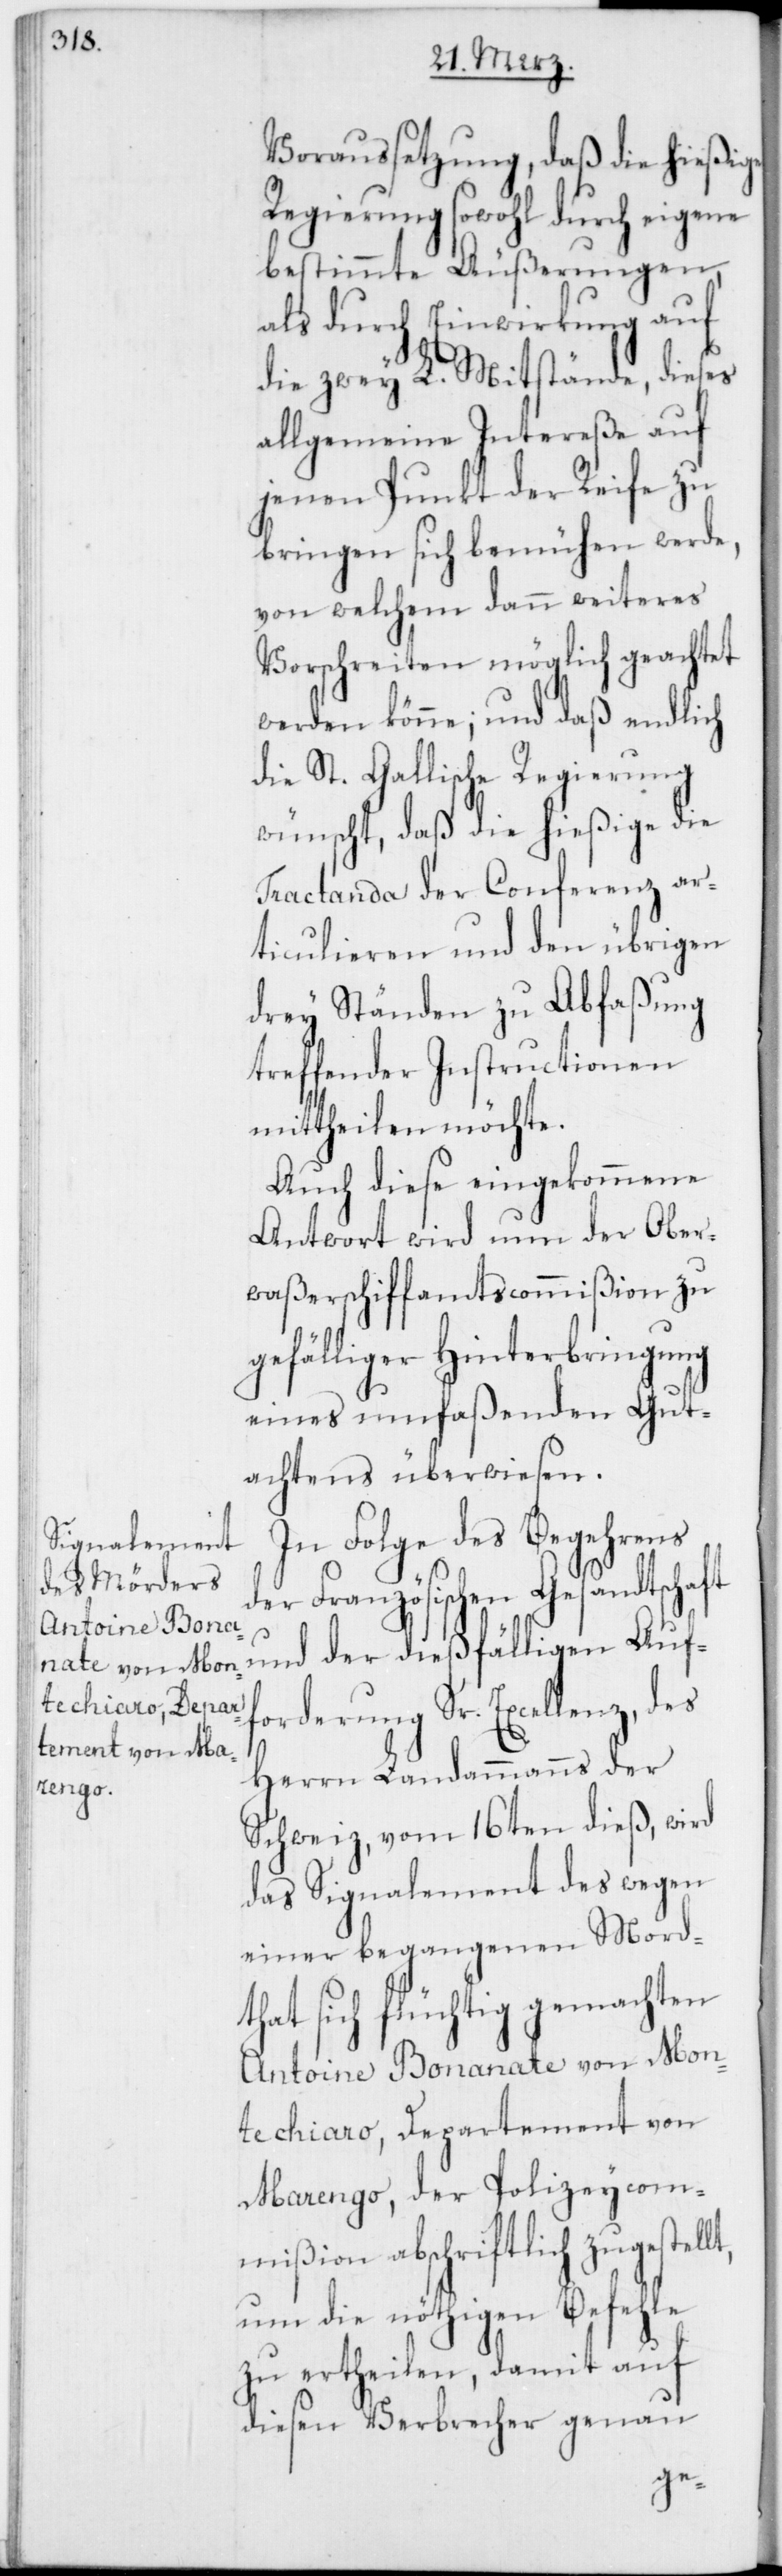
Voraussetzung, daß die hießige
Regierung sowohl durch eigene
bestimmte Äußerungen,
als durch Einwirkung auf
die zwey L. Mitstände, dieses
allgemeine Intereße auf
jenen Punkt der Reise zu
bringen sich bemühen werde,
von welchem dann weiteres
Vorschreiten möglich geachtet
werden könne; und daß endlich
die St. Gallische Regierung
wünscht, daß die hießige die
Tractanda der Conferenz ar¬
ticulieren und den übrigen
drey Ständen zu Abfaßung
treffender Instructionen
mittheilen möchte.
Auch diese eingekommene
Antwort wird nun der Ober¬
waßerschiffamtscommißion zu
gefälliger Hinterbringung
eines umfaßenden Gut¬
achtens überwiesen.
In Folge des Begehrens
der Französischen Gesandtschaft
und der dießfälligen Auff¬
orderung Sr. Excellenz, des
Herrn Landammanns der
Schweiz, vom 16ten dieß, wird
das Signalement des wegen
einer begangenen Mordt¬
hat sich flüchtig gemachten
Antoine Bonanate von Mon¬
techiaro, Departement von
Marengo, der Polizeycom¬
mißion abschriftlich zugestellt,
um die nöthigen Befehle
zu ertheilen, damit auf
diesen Verbrecher genau